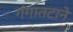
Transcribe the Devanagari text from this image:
गंगातटाने